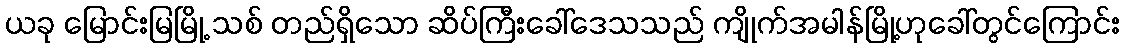
ယခု မြောင်းမြမြို့ သစ် တည်ရှိသော ဆိပ်ကြီးခေါ်ဒေသသည် ကျိုက်အမါန်မြို့ဟုခေါ်တွင်ကြောင်း